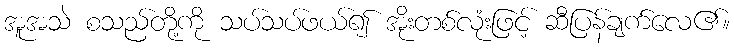
အူအသဲ စသည်တို့ကို သပ်သပ်ဖယ်၍ အိုးတစ်လုံးဖြင့် ဆီပြန်ချက်လေ၏။